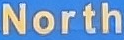
North